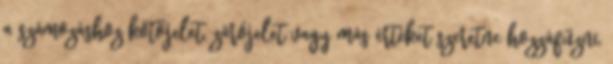
a számozáshoz kötőjelet, zárójelet vagy más értéket szeretne hozzáfűzni,